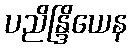
ပညိန္ဒြိယေန